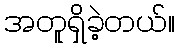
အတူရှိခဲ့တယ်။